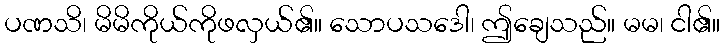
ပဏသိ၊ မိမိကိုယ်ကိုဖလှယ်၏။ သောပသဒေါ၊ ဤချေသည်။ မမ၊ ငါ၏။